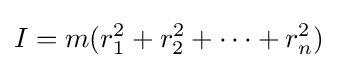
I=m(r_{1}^{2}+r_{2}^{2}+\cdots +r_{n}^{2})